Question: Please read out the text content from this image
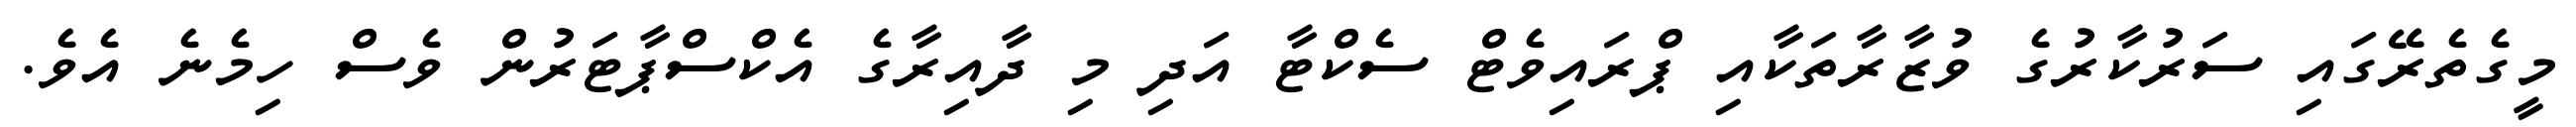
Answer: މީގެތެރޭގައި ސަރުކާރުގެ ވުޒާރާތަކާއި ޕްރައިވެޓް ސެކްޓާ އަދި މި ދާއިރާގެ އެކްސްޕާޓަރުން ވެސް ހިމެނެ އެވެ.